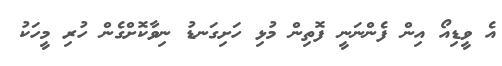
އެ ވީޑިއޯ އިން ފެންނަނީ ފޮތިން މުޅި ހަށިގަނޑު ނިވާކޮށްގެން ހުރި މީހަކު